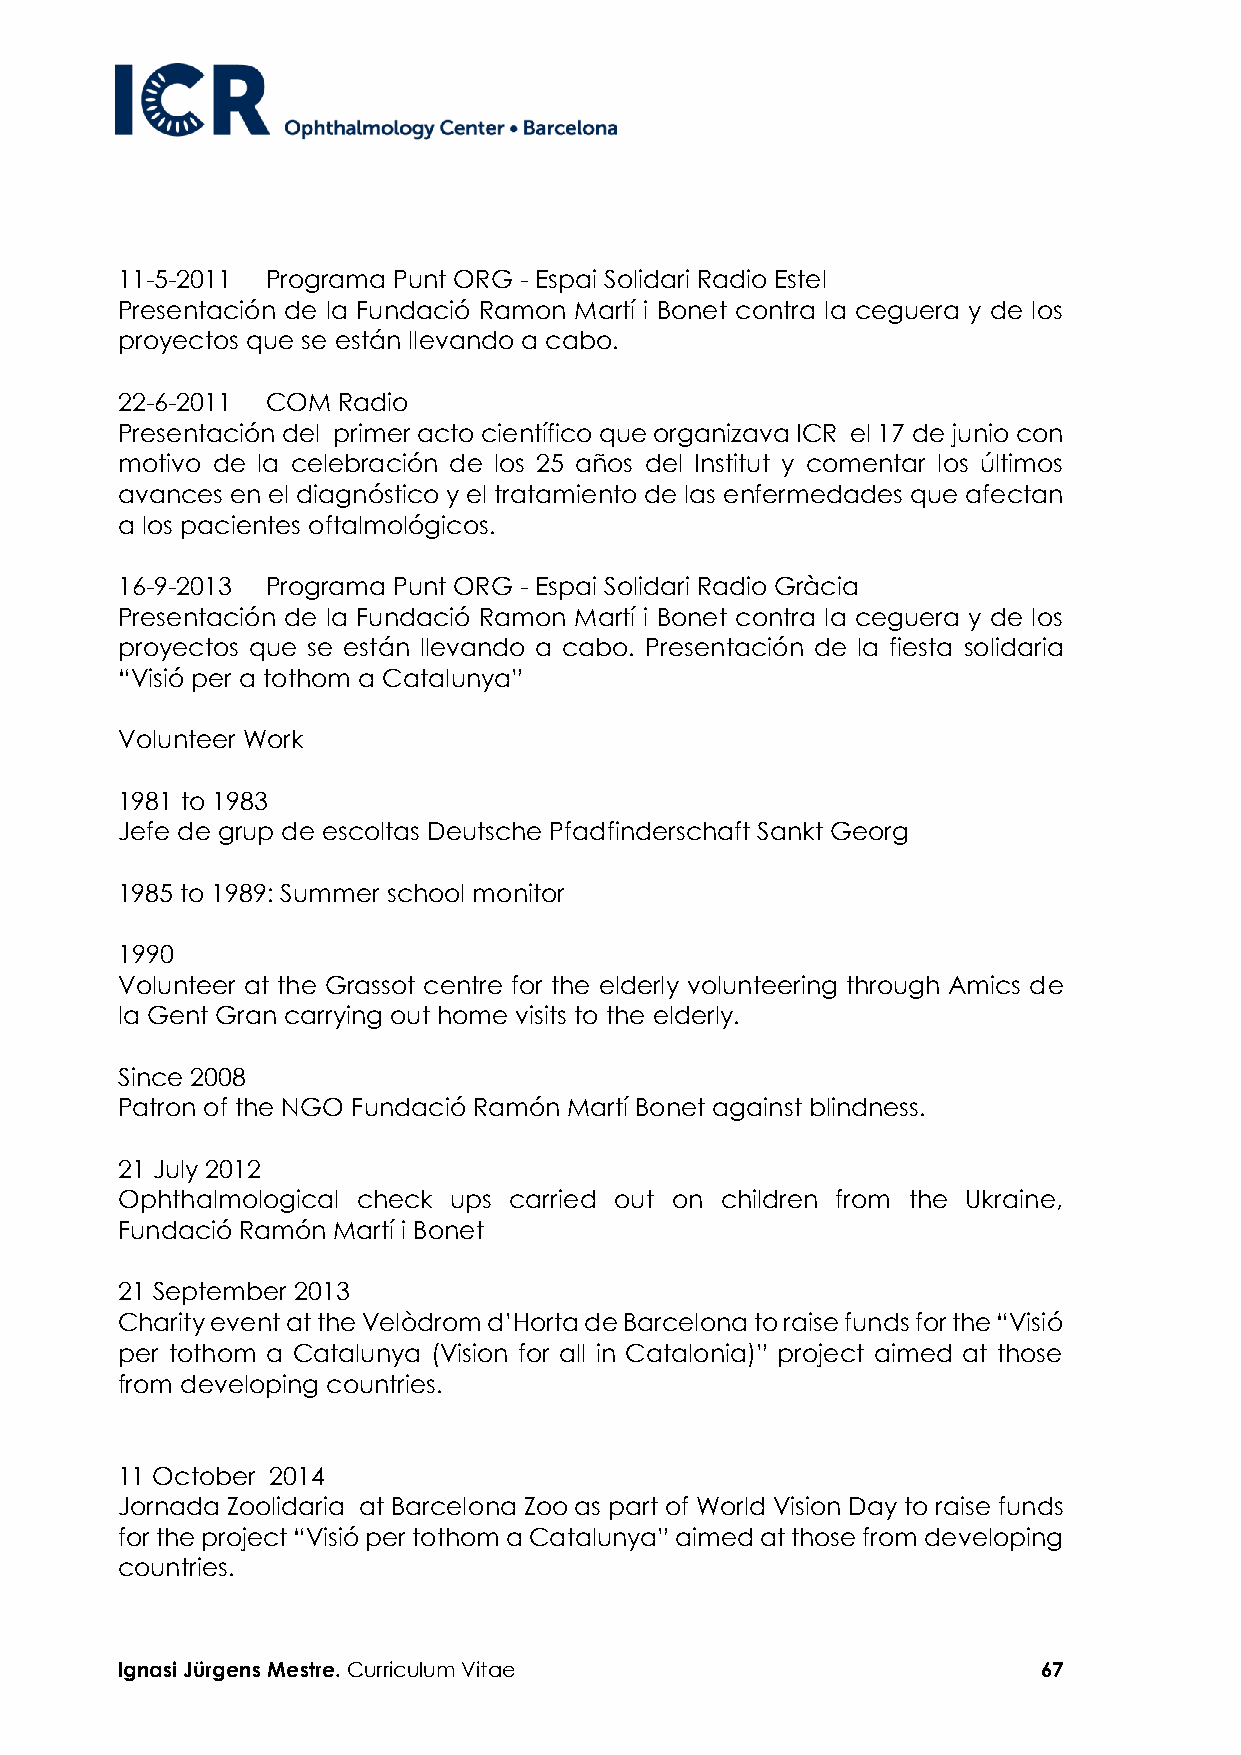
11-5-2011 Programa Punt ORG - Espai Solidari Radio Estel
 Presentación de la Fundació Ramon Martí i Bonet contra la ceguera y de los
 proyectos que se están llevando a cabo.
 22-6-2011 COM Radio
 Presentación del primer acto científico que organizava ICR el 17 de junio con
 motivo de la celebración de los 25 años del Institut y comentar los últimos
 avances en el diagnóstico y el tratamiento de las enfermedades que afectan
 a los pacientes oftalmológicos.
 16-9-2013 Programa Punt ORG - Espai Solidari Radio Gràcia
 Presentación de la Fundació Ramon Martí i Bonet contra la ceguera y de los
 proyectos que se están llevando a cabo. Presentación de la fiesta solidaria
 “Visió per a tothom a Catalunya”
 Volunteer Work
 1981 to 1983
 Jefe de grup de escoltas Deutsche Pfadfinderschaft Sankt Georg
 1985 to 1989: Summer school monitor
 1990
 Volunteer at the Grassot centre for the elderly volunteering through Amics de
 la Gent Gran carrying out home visits to the elderly.
 Since 2008
 Patron of the NGO Fundació Ramón Martí Bonet against blindness.
 21 July 2012
 Ophthalmological check ups carried out on children from the Ukraine,
 Fundació Ramón Martí i Bonet
 21 September 2013
 Charity event at the Velòdrom d’Horta de Barcelona to raise funds for the “Visió
 per tothom a Catalunya (Vision for all in Catalonia)” project aimed at those
 from developing countries.
 11 October 2014
 Jornada Zoolidaria at Barcelona Zoo as part of World Vision Day to raise funds
 for the project “Visió per tothom a Catalunya” aimed at those from developing
 countries.
 Ignasi Jürgens Mestre. Curriculum Vitae                      67